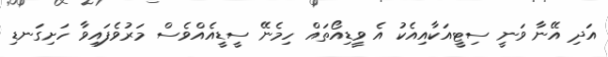
އަދި އޭނާ ވަނީ ސިޓީއަކާއިއެކު އެ ވީޑިއޯތައް ހިމެނޭ ސީޑީއެއްވެސް މަރުވެފައިވާ ހަށިގަނޑި